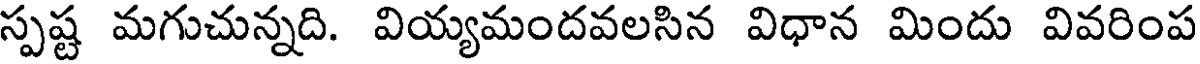
స్పష్ట మగుచున్నది. వియ్యమందవలసిన విధాన మిందు వివరింప